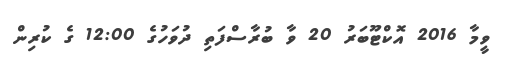
ވީމާ 2016 އޮކްޓޫބަރު 20 ވާ ބުރާސްފަތި ދުވަހުގެ 12:00 ގެ ކުރިން